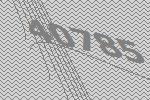
40785